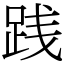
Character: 践